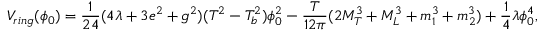
V _ { r i n g } ( \phi _ { 0 } ) = \frac { 1 } { 2 4 } ( 4 \lambda + 3 e ^ { 2 } + g ^ { 2 } ) ( T ^ { 2 } - T _ { b } ^ { 2 } ) \phi _ { 0 } ^ { 2 } - \frac { T } { 1 2 \pi } ( 2 M _ { T } ^ { 3 } + M _ { L } ^ { 3 } + m _ { 1 } ^ { 3 } + m _ { 2 } ^ { 3 } ) + \frac { 1 } { 4 } \lambda \phi _ { 0 } ^ { 4 } ,